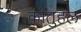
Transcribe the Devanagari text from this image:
कोतुहल